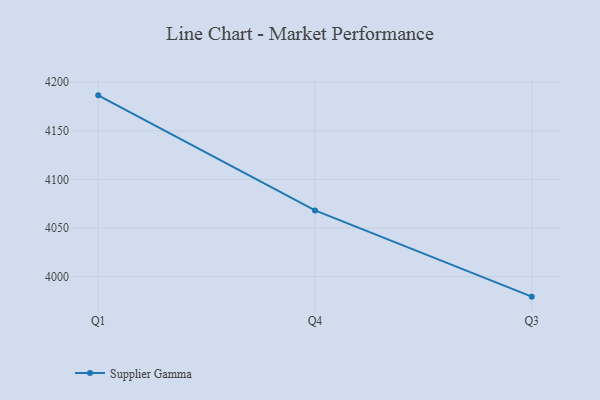
{"axis": {"x": "Quarter", "y": "Energy Usage (MWh)"}, "legend": ["Supplier Gamma"], "data": [{"x": "Q1", "y": 4186.4, "type": "Supplier Gamma"}, {"x": "Q4", "y": 4068.1, "type": "Supplier Gamma"}, {"x": "Q3", "y": 3979.4, "type": "Supplier Gamma"}]}